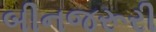
બીનજરૂરી